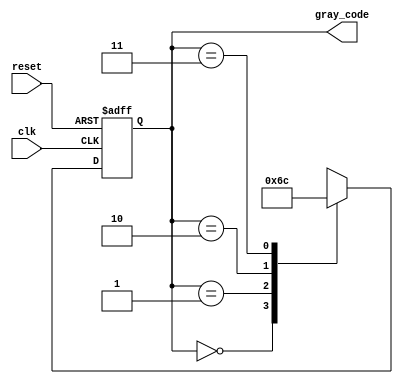
module gray_code_generator (
    input wire clk,       // Clock signal
    input wire reset,     // Reset signal
    output reg [1:0] gray_code // 2-bit Gray code output
);

// State encoding
parameter STATE_00 = 2'b00; // Gray code 00
parameter STATE_01 = 2'b01; // Gray code 01
parameter STATE_11 = 2'b10; // Gray code 11
parameter STATE_10 = 2'b11; // Gray code 10

// Current state and next state registers
reg [1:0] current_state, next_state;

// State transition logic
always @(posedge clk or posedge reset) begin
    if (reset) begin
        current_state <= STATE_00; // Reset to State 00
    end else begin
        current_state <= next_state; // Transition to next state
    end
end

// Next state logic
always @(*) begin
    case (current_state)
        STATE_00: next_state = STATE_01; // From 00 to 01
        STATE_01: next_state = STATE_11; // From 01 to 11
        STATE_11: next_state = STATE_10; // From 11 to 10
        STATE_10: next_state = STATE_00; // From 10 to 00
        default: next_state = STATE_00;  // Default to State 00
    endcase
end

// Output logic
always @(*) begin
    gray_code = current_state; // Output is the current state
end

endmodule